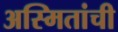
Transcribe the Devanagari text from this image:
अस्मितांची